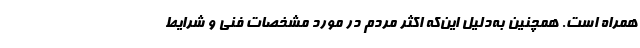
همراه است. همچنین به‌دلیل این‌که اکثر مردم در مورد مشخصات فنی و شرایط